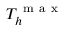
T _ { h } ^ { \mathrm { ~ m ~ a ~ x ~ } }